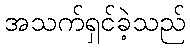
အသက်ရှင်ခဲ့သည်